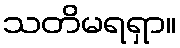
သတိမရရှာ။